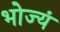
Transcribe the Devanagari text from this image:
भोज्यं